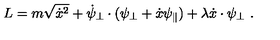
L = m \sqrt { \dot { x } ^ { 2 } } + \dot { \psi } _ { \perp } \cdot ( \psi _ { \perp } + \dot { x } \psi _ { \parallel } ) + \lambda \dot { x } \cdot \psi _ { \perp } \ .